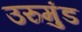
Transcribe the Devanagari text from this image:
उरुमुंड